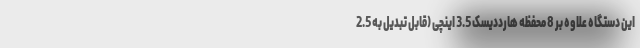
این دستگاه علاوه بر 8 محفظه هارددیسک 3.5 اینچی (قابل تبدیل به 2.5